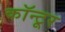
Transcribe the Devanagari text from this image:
कॉन्टूर